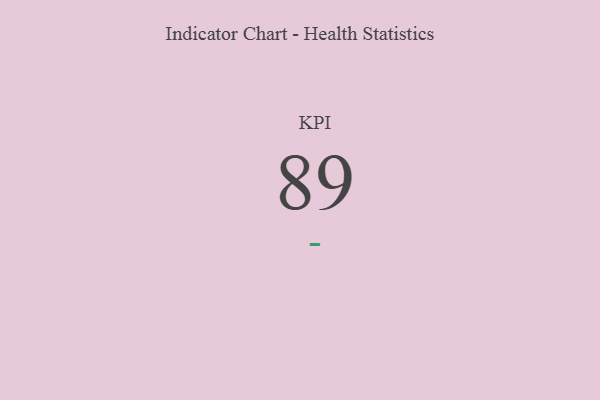
{"axis": {"x": "KPI", "y": "Value"}, "legend": [""], "data": [{"x": "KPI", "y": 89, "type": ""}]}